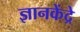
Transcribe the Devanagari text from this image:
ज्ञानकेंद्रे